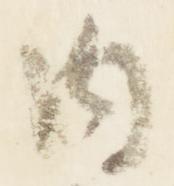
内